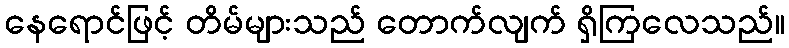
နေရောင်ဖြင့် တိမ်များသည် တောက်လျက် ရှိကြလေသည်။